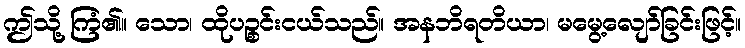
ဤသို့ ကြံ၏။ သော၊ ထိုပဉ္စင်းငယ်သည်။ အနဘိရတိယာ၊ မမွေ့လျော်ခြင်းဖြင့်။